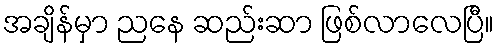
အချိန်မှာ ညနေ ဆည်းဆာ ဖြစ်လာလေပြီ။